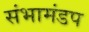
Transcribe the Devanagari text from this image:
संभामंडप